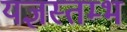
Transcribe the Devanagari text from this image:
यज्ञस्तम्भ